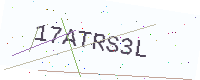
Text: 17ATRS3L